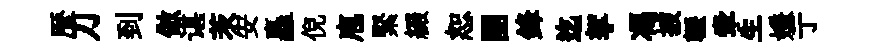
歴刀到倣谌茨安矗倪庖緊綴恕團鋒迄挐馮披轣牽生嫌亍